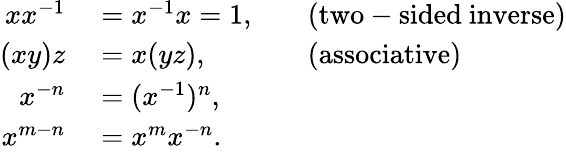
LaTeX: \begin{array}{rlrl}{xx^{-1}}&{{}=x^{-1}x=1,}&{}&{{}{\mathrm{(two-sided~inverse)}}}\\ {(xy)z}&{{}=x(yz),}&{}&{{}{\mathrm{(associative)}}}\\ {x^{-n}}&{{}=(x^{-1})^{n},}\\ {x^{m-n}}&{{}=x^{m}x^{-n}.}\end{array}